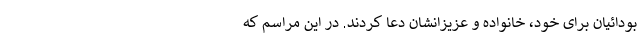
بودائیان برای خود، خانواده و عزیزانشان دعا کردند. در این مراسم که